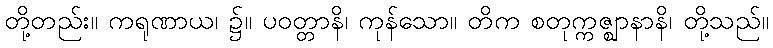
တို့တည်း။ ကရုဏာယ၊ ၌။ ပဝတ္တာနိ၊ ကုန်သော။ တိက စတုက္ကဇ္ဈာနာနိ၊ တို့သည်။